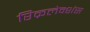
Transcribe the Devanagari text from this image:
रिक्रलेक्शंस